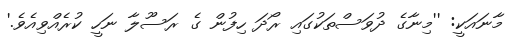
މާނައަކީ: ''މިނާގެ ދުވަސްތަކުގައި ރޯދަ ހިފުން ގެ ރަސޫލާ ނަހީ ކުރެއްވިއެވެ.'